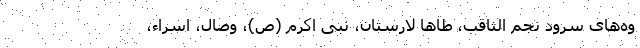
وه‌های سرود نجم الثاقب، طا‌ها لارستان، نبی اکرم (ص)، وصال، اسراء،